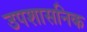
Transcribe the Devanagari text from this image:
उपशासनिक